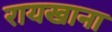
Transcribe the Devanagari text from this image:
रायखाना